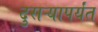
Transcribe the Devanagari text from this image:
दुसऱ्यापर्यंत